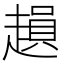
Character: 𧽛